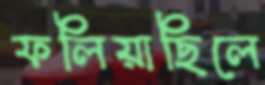
ফলিয়াছিলে